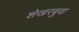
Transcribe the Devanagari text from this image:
शेखरबुवा